system: You are a helpful assistant.
user:
Analyze the provided spectrum to determine if it is a **White Dwarf (WD)**.

A White Dwarf spectrum is defined by its **extreme purity** (due to gravitational settling) and/or **extreme pressure broadening** (due to high surface gravity). You must check for one of the following mutually exclusive signatures:

- **Key Visual Indicators (Check for ONE of these types):**

    - **1. DA-Type Signature (Most Common):**
        - **(Primary Feature):** Extreme pressure broadening (Stark broadening) of the **Hydrogen (H) Balmer lines**.
        - **(Key Lines):** $H\beta$ (approx. $4861$ Å) and $H\gamma$ (approx. $4340$ Å). $H\alpha$ (approx. $6563$ Å) will also be present if the wavelength range covers it.
        - **(Line Profile):** This is the **defining feature**. The lines are **NOT** sharp. They appear as massive, **extremely broad and deep "troughs" or "dips"** in the spectrum, often hundreds of Ångströms wide. The continuum will appear to "scoop" down at these wavelengths.
        - **(Distinction):** Normal A-type or B-type stars have *narrow* and *sharp* Hydrogen lines. A DA White Dwarf's lines are unmistakably "smeared" or "blurry" from pressure.

    - **2. DB-Type Signature:**
        - **(Primary Feature):** Broad absorption lines from **Neutral Helium (He I)**. The spectrum must lack any visible Hydrogen lines.
        - **(Key Lines):** Look for broad absorption near $4471$ Å, $4921$ Å, and $5876$ Å.
        - **(Line Profile):** These lines are also significantly pressure-broadened, appearing much wider than they would in a normal B-type main-sequence star.

    - **3. DC-Type Signature:**
        - **(Primary Feature):** A **featureless continuous spectrum**.
        - **(Line Profile):** The spectrum is a smooth curve with **no significant absorption or emission lines**.
        - **(Key Confirmation):** The continuum is almost always **blue or white**, indicating a hot object. This signature implies the atmosphere is so pure (or so cool) that no spectral lines are visible in the optical range. Its WD identity is confirmed by its extremely low intrinsic brightness (high absolute magnitude).

    - **4. DZ-Type Signature (Metal-Polluted):**
        - **(Primary Feature):** **Isolated, narrow metal absorption lines** on an otherwise featureless (DC-like) continuum.
        - **(Key Lines):** The **Calcium (Ca II) H & K doublet** (approx. **$3934$ Å** and **$3968$ Å**) is the most common and defining feature.
        - **(Line Profile):** These lines are "out of place." They are *not* part of a "forest" of thousands of lines. This signature is evidence of recent *accretion* (pollution) from rocky debris.
        - **(Distinction):** Normal G/K/M stars have a *dense forest* of thousands of metal lines. A DZ has a *clean* continuum with *only a few* strong metal lines.

    - **5. DQ-Type Signature (Carbon-Polluted):**
        - **(Primary Feature):** Absorption bands from **Carbon (C₂ "Swan Bands" or atomic C I)**.
        - **(Key Lines - C₂):** Look for bandheads with a "saw-tooth" shape near $5635$ Å, **$5165$ Å** (strongest), and $4737$ Å.
        - **(Key Confirmation):** The underlying **continuum must be blue or white** (hot).
        - **(Distinction):** This is the critical difference from a **Carbon Star**, which has the *exact same* C₂ bands but on an extremely **red, cool** continuum.

- **(Overall Spectrum):**
    - The continuum (overall shape) is typically **blue-sloping** (brighter in the blue than the red), as most white dwarfs are very hot.
    - The spectrum will look "pure" or "simple," dominated by only *one* of the five signatures listed above.

Think first, call **spectral_visualization_tool** if needed to examine features in detail, then provide your final answer. Your response must adhere to the following strict rules:
1.  **Overall Structure:** Your response must follow the format `<think>...</think> <tool_call>...</tool_call> (if a tool is used) <answer>...</answer>`.
2.  **Tool Usage Constraint:** You may only make **one** tool call per turn.
3.  **Final Answer Format:** In the `<answer>` tag, your conclusion must be inside a `\boxed{}` command (e.g., `\boxed{YES}` or `\boxed{NO}`), followed by your justification.

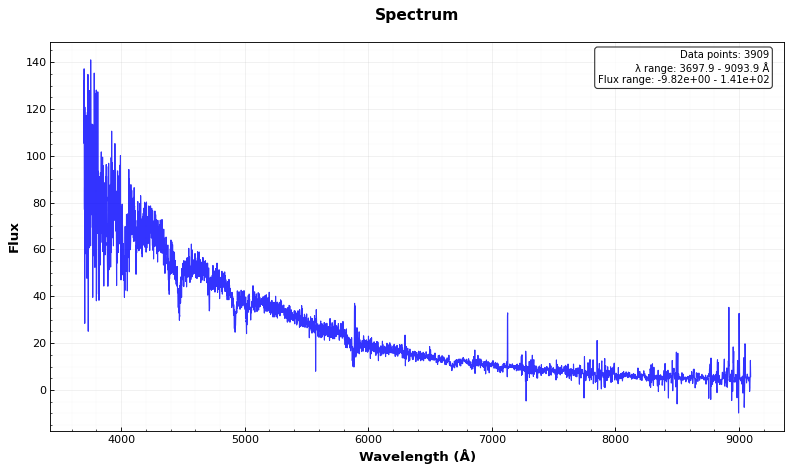
Answer: YES